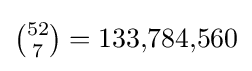
{\textstyle {52 \choose 7}=133{,}784{,}560}